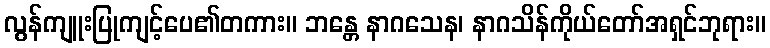
လွန်ကျူးပြုကျင့်ပေ၏တကား။ ဘန္တေ နာဂသေန၊ နာဂသိန်ကိုယ်တော်အရှင်ဘုရား။